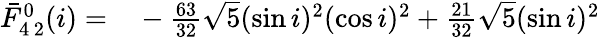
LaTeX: \begin{array}{rl}{\bar{F}_{4\, 2}^{0}(i)=}&{{}-\frac{63}{32}\sqrt{5}(\sin i)^{2}(\cos i)^{2}+\frac{21}{32}\sqrt{5}(\sin i)^{2}}\end{array}